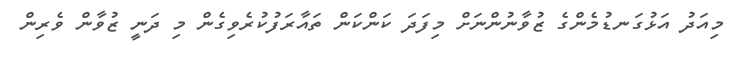
މިއަދު އަޅުގަނޑުމެންގެ ޒުވާނުންނަށް މިފަދަ ކަންކަން ތައާރަފުކުރެވިގެން މި ދަނީ ޒުވާން ވެރިން